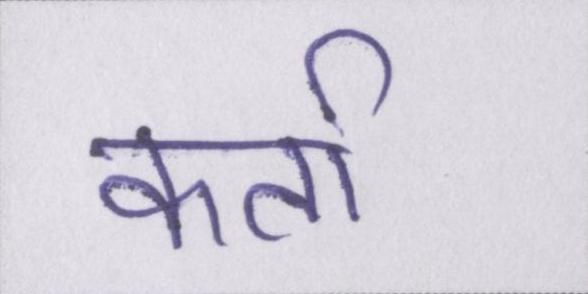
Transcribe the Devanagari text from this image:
कर्ता